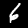
Label: 6